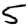
Digit: 5